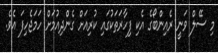
މި ސޭލް ވަނީ ރެއިންބޯގެ އެކި ފިހާރަތަކުގައި ކުރިއަށް ގެންދިއުމަށް ހަމަޖެހިފަ އެވެ.